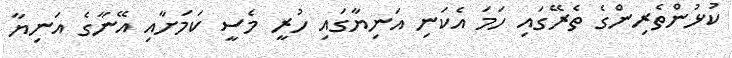
ކުޅުންތެރިންގެ ތެރޭގައި ހަމަ އެކަނި އަނިޔާގައި ހުރީ މެސީ ކަމަށާއި އޭނާގެ އަނިޔާ